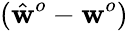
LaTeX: (\hat{\mathbf{w}}^{o}-\mathbf{w}^{o})